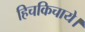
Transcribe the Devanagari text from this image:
हिचकिचाये।